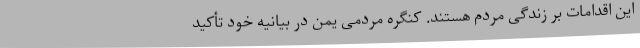
این اقدامات بر زندگی مردم هستند. کنگره مردمی یمن در بیانیه خود تأکید